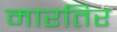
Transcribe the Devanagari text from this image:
मारतिर